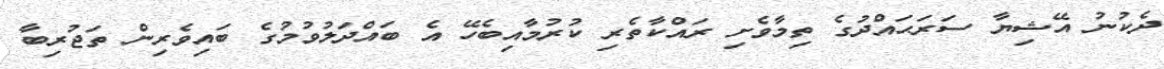
ދެކުނު އޭޝިޔާ ސަރަޙައްދުގެ ތިމާވެށި ރައްކާތެރި ކުރުމާއިބެހޭ އެ ބައްދަލުވުމުގެ ބައިވެރިން ތަޖުރިބާ